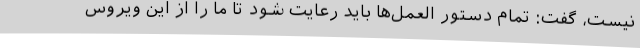
نیست، گفت: تمام دستور العمل‌ها باید رعایت شود تا ما را از این ویروس